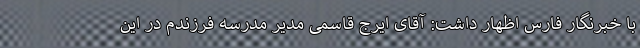
با خبرنگار فارس اظهار داشت: آقای ایرج قاسمی مدیر مدرسه فرزندم در این